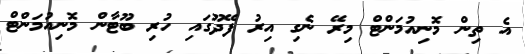
އެ ތިން މޮނިއުމަންޓް މިރޭ ނެގި އިރު ފޭދޫގައި ހުރި ބޫޓާން މޮނިއުމަންޓް